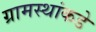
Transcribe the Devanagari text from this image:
ग्रामस्‍थांकडे